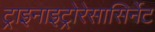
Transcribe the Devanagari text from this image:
ट्राइनाइट्रोरेसासिर्नेट